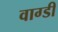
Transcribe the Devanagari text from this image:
वाग्डी